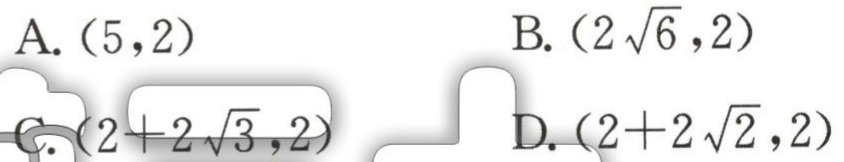
A. \((5,2)\)  B. \((2\sqrt{6},2)\)  C. \((2 + 2\sqrt{3},2)\)  D. \((2+2\sqrt{2},2)\)